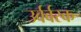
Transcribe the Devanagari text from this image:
उर्वर्वरक